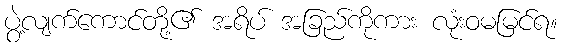
ပွဲ့လျက်ကောင်တို့၏ အရိပ် အခြည်ကိုကား လုံးဝမမြင်ရ။